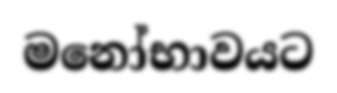
මනෝභාවයට